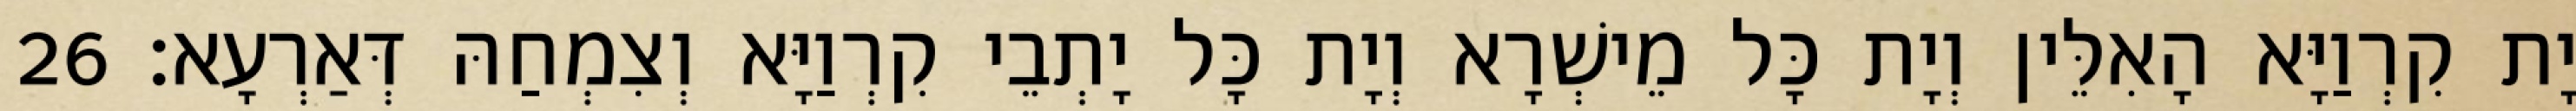
יָת קִרְוַיָּא הָאִלֵּין וְיָת כָּל מֵישְׁרָא וְיָת כָּל יָתְבֵי קִרְוַיָּא וְצִמְחַהּ דְּאַרְעָא׃ 26